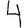
Digit: 4